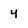
Character: y